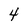
Character: 4